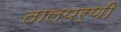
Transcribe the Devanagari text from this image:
तालपर्णी